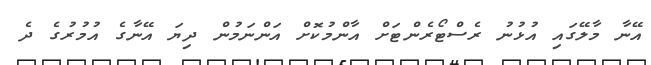
އޭނާ މާލޭގައި އުޅުނު ރެސްޓޯރެންޓަށް އާންމުކޮށް އަންނަމުން ދިޔަ އޭނާގެ އުމުރުގެ ދެ